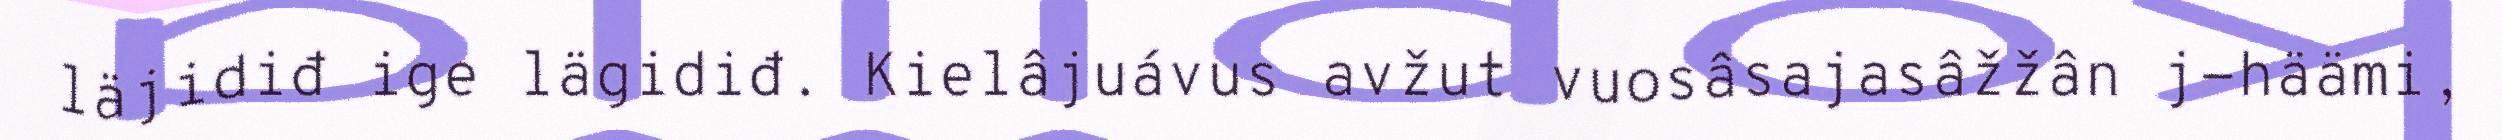
läjidiđ ige lägidiđ. Kielâjuávus avžut vuosâsajasâžžân j-häämi,